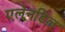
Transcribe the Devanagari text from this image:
एलेनडिल